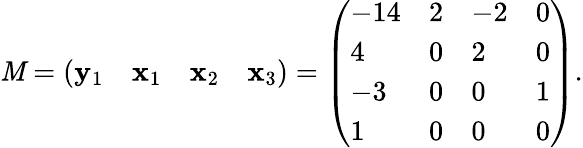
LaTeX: \mathit{M}={\left(\begin{array}{llll}{\mathbf{y}_{1}}&{\mathbf{x}_{1}}&{\mathbf{x}_{2}}&{\mathbf{x}_{3}}\end{array}\right)}={\left(\begin{array}{llll}{-14}&{2}&{-2}&{0}\\ {4}&{0}&{2}&{0}\\ {-3}&{0}&{0}&{1}\\ {1}&{0}&{0}&{0}\end{array}\right)}.